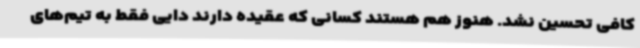
کافی تحسین نشد. هنوز هم هستند کسانی که عقیده دارند دایی فقط به تیم‌های